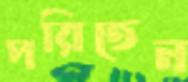
পরিতেন